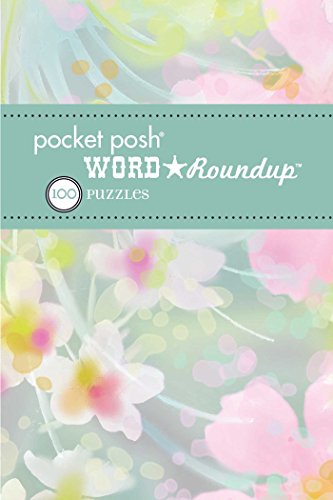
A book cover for Pocket Posh Word Roundup 9: 100 Puzzles; The Puzzle Society; Humor & Entertainment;